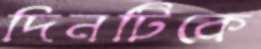
দিনটিকে